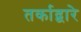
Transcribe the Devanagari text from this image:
तर्काद्वारे